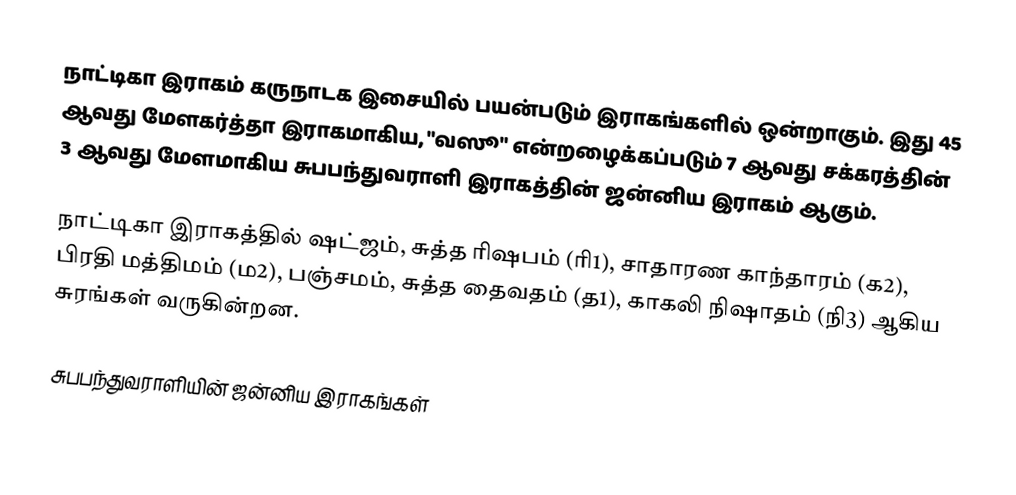
நாட்டிகா இராகம் கருநாடக இசையில் பயன்படும் இராகங்களில் ஒன்றாகும். இது 45 ஆவது மேளகர்த்தா இராகமாகிய, "வஸூ" என்றழைக்கப்படும் 7 ஆவது சக்கரத்தின் 3 ஆவது மேளமாகிய சுபபந்துவராளி இராகத்தின் ஜன்னிய இராகம் ஆகும்.

நாட்டிகா இராகத்தில் ஷட்ஜம், சுத்த ரிஷபம் (ரி1),  சாதாரண காந்தாரம் (க2), பிரதி மத்திமம் (ம2), பஞ்சமம், சுத்த தைவதம் (த1), காகலி நிஷாதம்  (நி3) ஆகிய சுரங்கள் வருகின்றன.

சுபபந்துவராளியின் ஜன்னிய இராகங்கள்